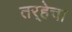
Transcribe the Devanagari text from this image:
तर्‍हेचा